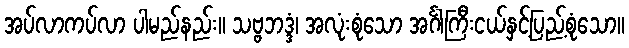
အပ်လာကပ်လာ ပါမည်နည်း။ သဗ္ဗဘဒ္ဒံ၊ အလုံးစုံသော အင်္ဂါကြီးငယ်နှင့်ပြည့်စုံသော။